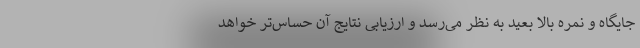
جایگاه و نمره بالا بعید به نظر می‌رسد و ارزیابی نتایج آن حساس‌تر خواهد